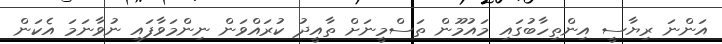
އަންނަ ރިޔާސީ އިންތިހާބުގައި މައުމޫން ތަސްމީނަށް ތާއީދު ކުރައްވަން ނިންމަވާފައި ނުވާނަމަ އެކަން